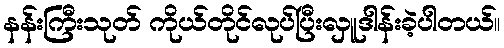
နန်းကြီးသုတ် ကိုယ်တိုင်လုပ်ပြီးလှူဒါန်းခဲ့ပါတယ်။